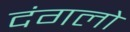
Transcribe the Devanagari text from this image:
दंगलो